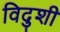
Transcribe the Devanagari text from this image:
विदुशी